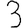
Digit: 3